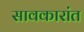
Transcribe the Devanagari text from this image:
सावकारांत